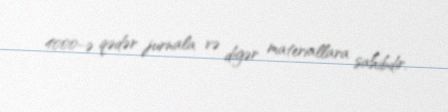
4000-ə qədər jurnala və digər materiallara sahibdir.